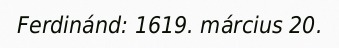
Ferdinánd: 1619. március 20.